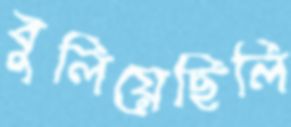
বুলিয়েছিলি